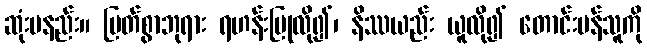
ဆုံးမနည်း။ မြတ်စွာဘုရား ရဟန်းပြုလို၍၊ နိဿယည်း ယူလို၍ တောင်းပန်သူကို